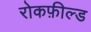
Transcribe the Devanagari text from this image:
रोकफ़ील्ड